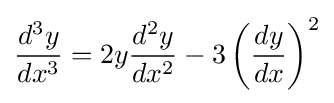
{\frac {d^{3}y}{dx^{3}}}=2y{\frac {d^{2}y}{dx^{2}}}-3\left({\frac {dy}{dx}}\right)^{2}